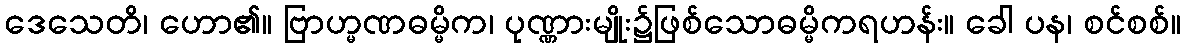
ဒေသေတိ၊ ဟော၏။ ဗြာဟ္မဏဓမ္မိက၊ ပုဏ္ဏားမျိုး၌ဖြစ်သောဓမ္မိကရဟန်း။ ခေါ ပန၊ စင်စစ်။